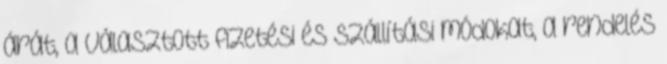
árát, a választott fizetési és szállítási módokat, a rendelés